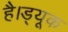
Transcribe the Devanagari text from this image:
है।ड्यूक